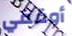
أوقفي